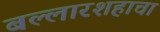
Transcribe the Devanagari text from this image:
बल्लारशहाचा